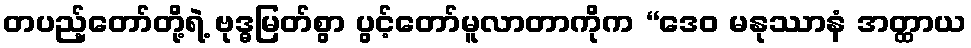
တပည့်တော်တို့ရဲ့ ဗုဒ္ဓမြတ်စွာ ပွင့်တော်မူလာတာကိုက “ဒေဝ မနုဿာနံ အတ္ထာယ